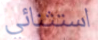
استثنائي